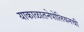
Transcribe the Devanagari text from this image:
याकाळातनेपोलियनची